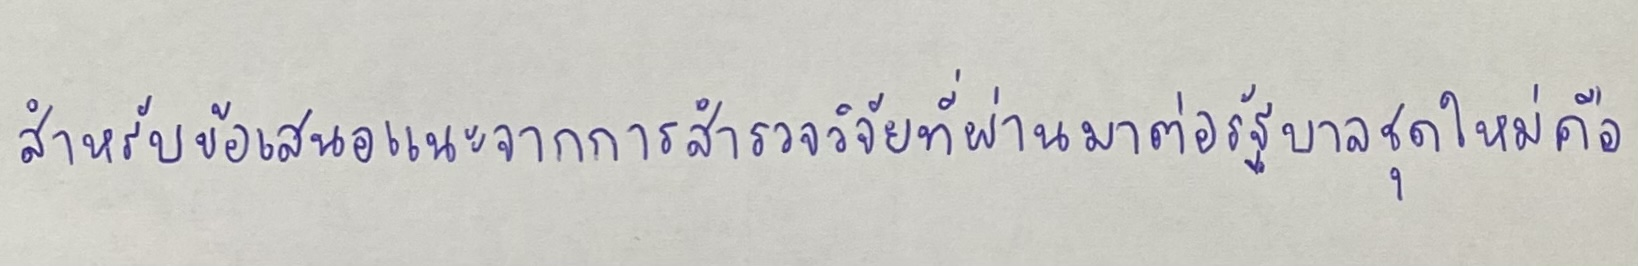
สำหรับข้อเสนอแนะจากการสำรวจวิจัยที่ผ่านมาต่อรัฐบาลชุดใหม่คือ